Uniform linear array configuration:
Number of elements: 64
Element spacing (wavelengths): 0.5
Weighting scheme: hamming
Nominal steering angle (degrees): -60
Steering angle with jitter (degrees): -58.817
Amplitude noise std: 0.05
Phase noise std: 0.05

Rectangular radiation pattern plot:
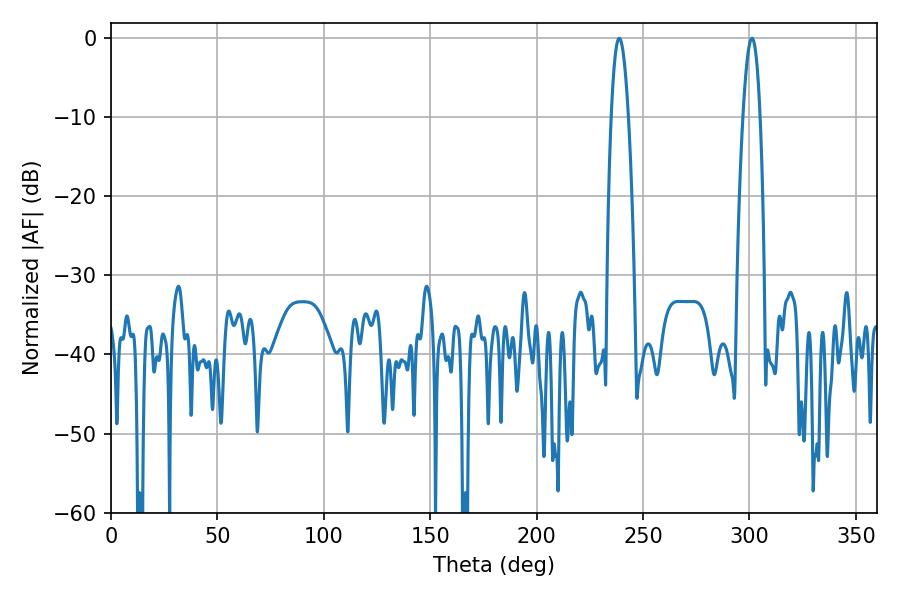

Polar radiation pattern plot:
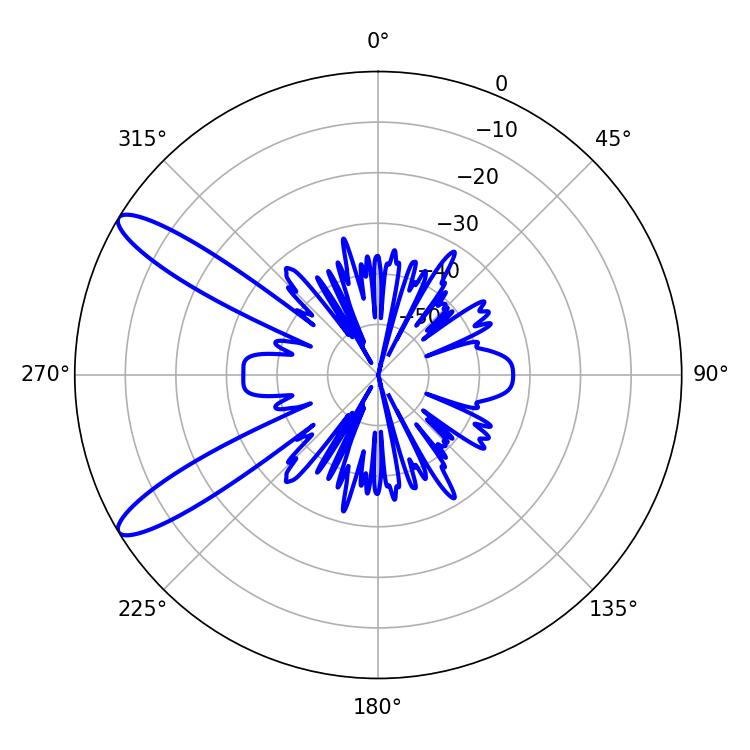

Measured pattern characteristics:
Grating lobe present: FALSE
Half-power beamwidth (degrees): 4.32
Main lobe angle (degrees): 238.86